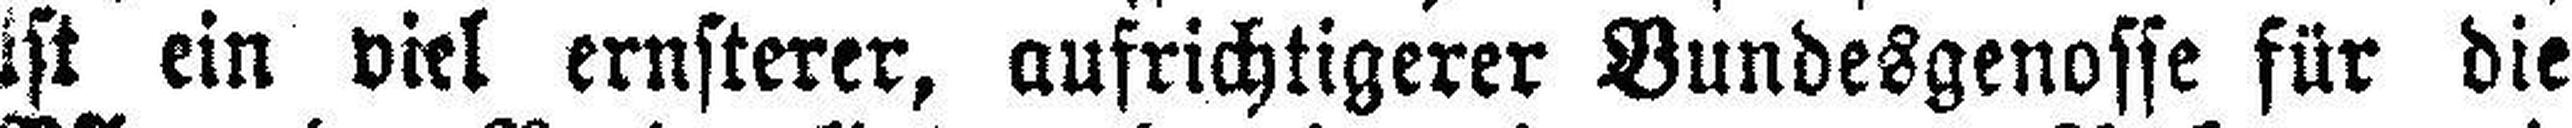
ist ein viel ernsterer, aufrichtigerer Bundesgenosse für die